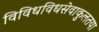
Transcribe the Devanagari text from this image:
विविधविधसेवाकुलतया